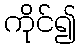
ကိုင်၍